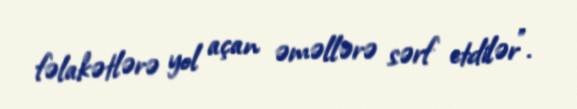
fəlakətlərə yol açan əməllərə sərf etdilər”.